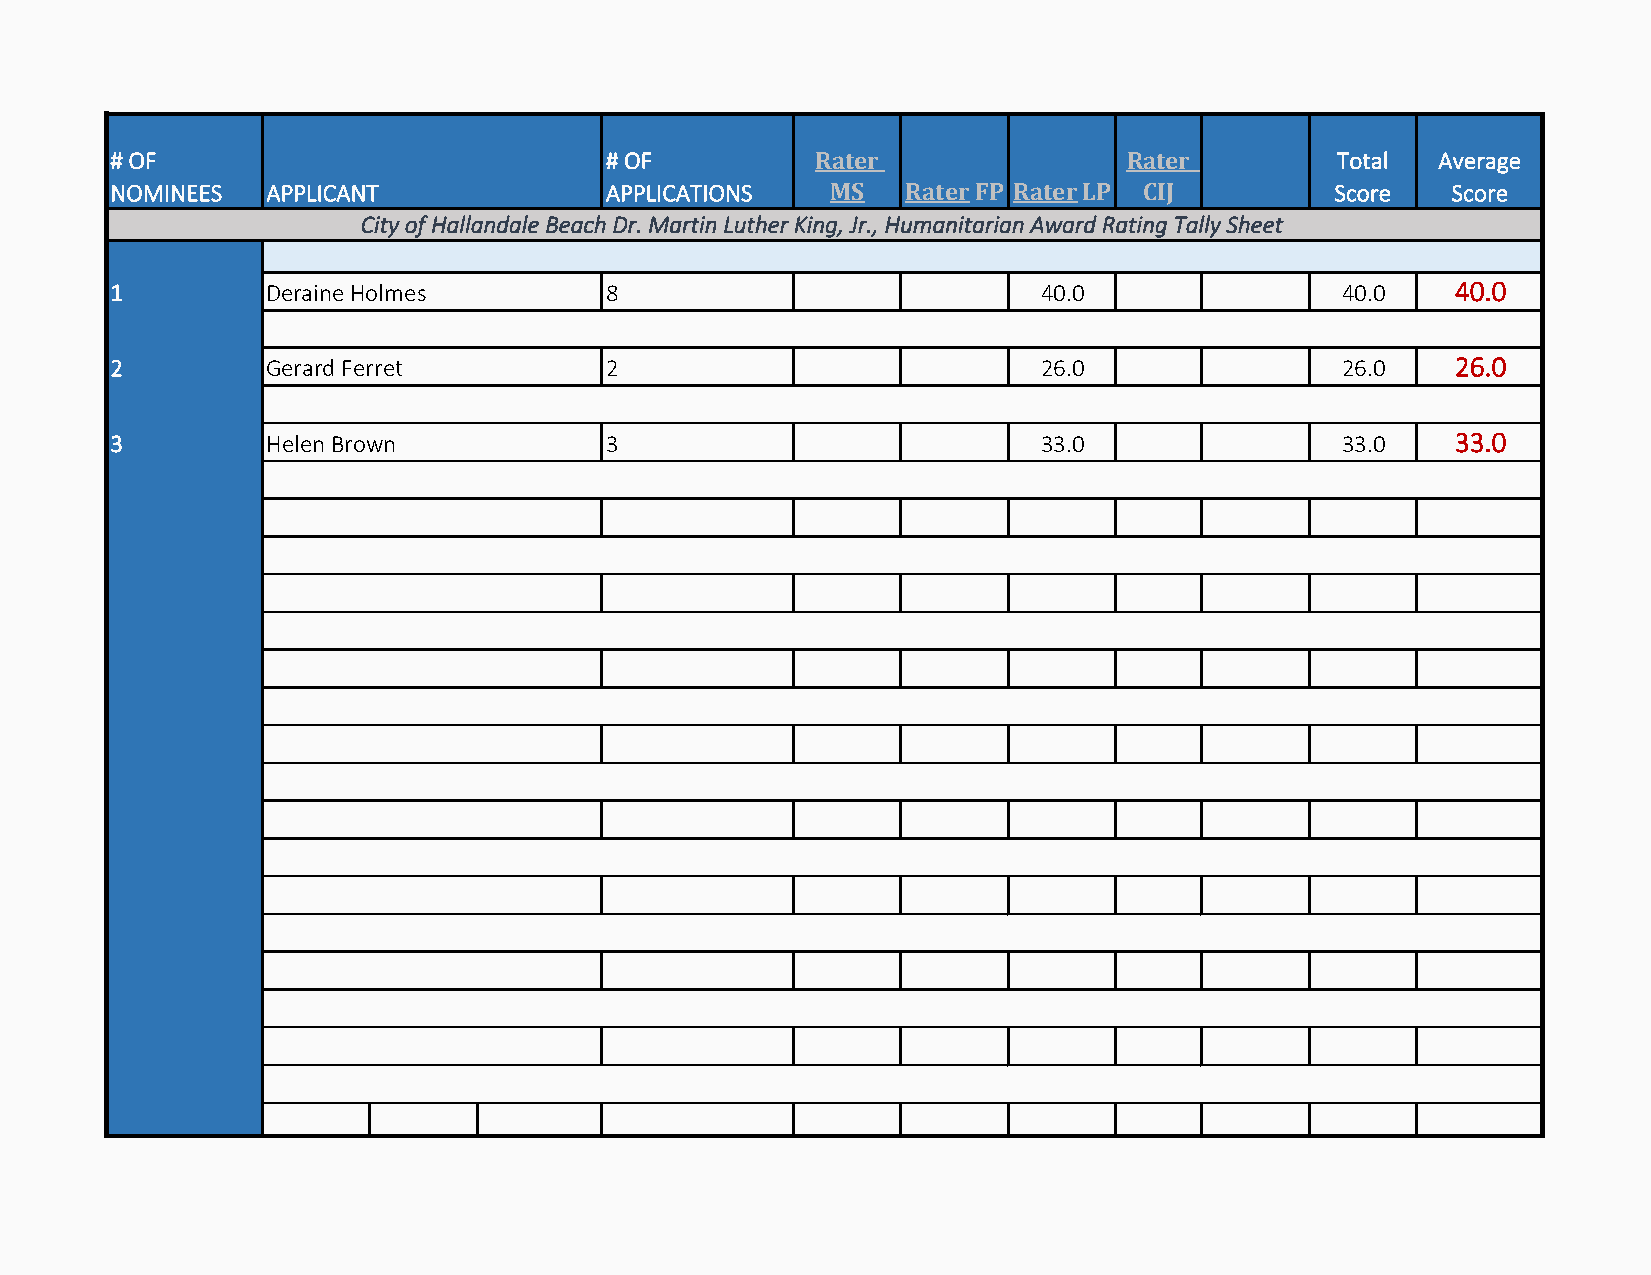
# OF                             # OF          Rater                Rater        Total  Average
 NOMINEES   APPLICANT             APPLICATIONS   MS   Rater FP Rater LP CIJ       Score   Score
 City of Hallandale Beach Dr. Martin Luther King, Jr., Humanitarian Award Rating Tally Sheet
 1          Deraine Holmes        8                            40.0                40.0   40.0
 2          Gerard Ferret         2                            26.0                26.0   26.0
 3          Helen Brown           3                            33.0                33.0   33.0